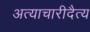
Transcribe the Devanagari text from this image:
अत्याचारीदैत्य